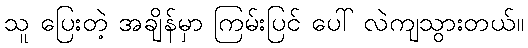
သူ ပြေးတဲ့ အချိန်မှာ ကြမ်းပြင် ပေါ် လဲကျသွားတယ်။